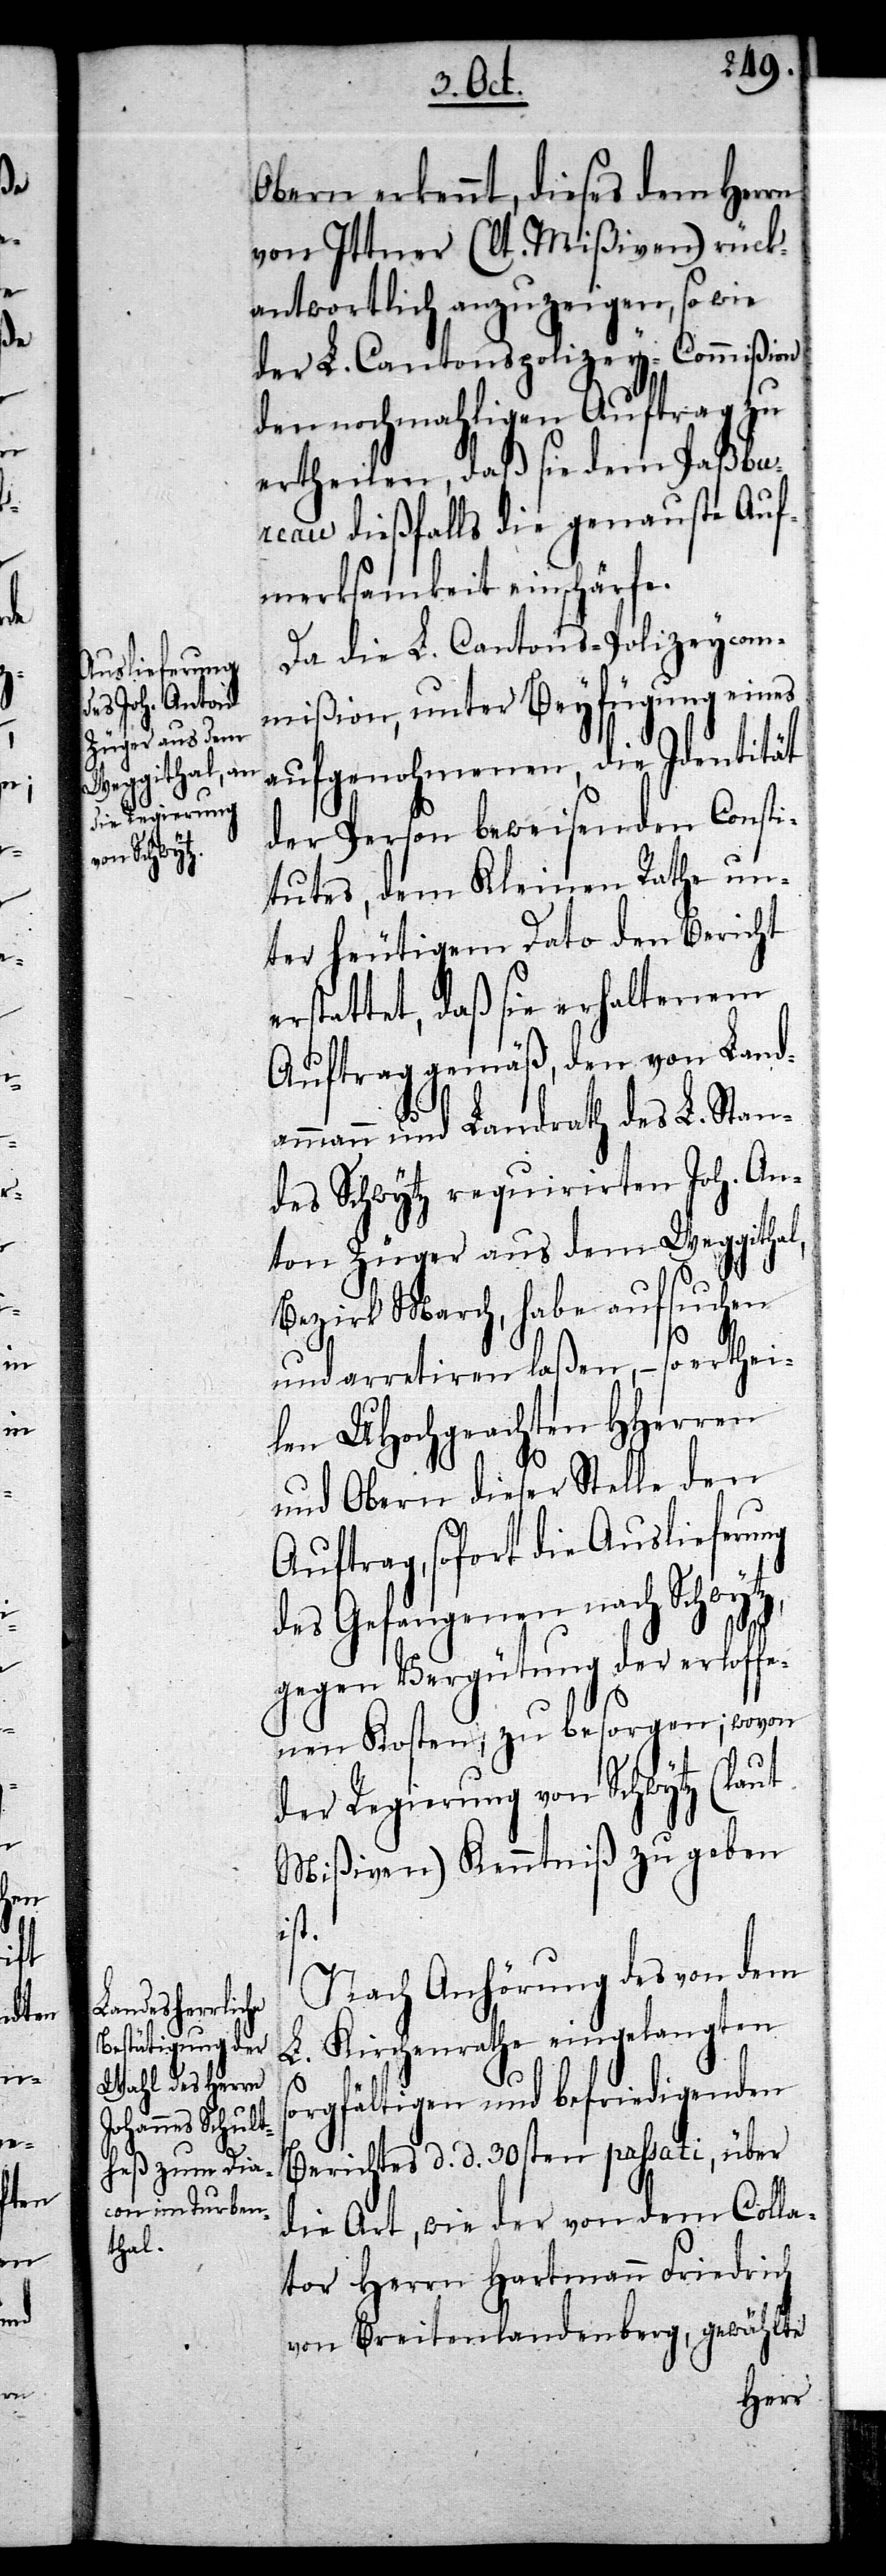
Obern erkennt, dieses dem Herrn
von Ittner (lt. Mißiven) rück¬
antwortlich anzuzeigen, so wie
der L. Cantonspolizey-Commißion
den nochmahligen Auftrag zu
ertheilen, daß sie dem Paßbur¬
eau dießfalls die genauste Auf¬
merksamkeit einschärfe.
Da die L. Cantons-Polizeycom¬
mißion, unter Beyfügung eines
aufgenohmenen, die Identität
der Person beweisenden Consti¬
tutes, dem Kleinen Rathe un¬
ter heutigem dato den Bericht
rstattet, daß sie erhaltenem
Auftrag gemäß, den von Land¬
ammann und Landrath des L. Stan¬
des Schwytz requirirten Joh. An¬
ton Züger aus dem Weggithal,
Bezirk March, habe aufsuchen
e¬
und arretiren laßen, – so erthei¬
len UHochgeachten HHerren
und Obern dieser Stelle den
Auftrag, sofort die Auslieferung
des Gefangenen nach Schwytz,
gegen Vergütung der erloffe¬
nen Kosten, zu besorgen; wovon
der Regierung von Schwytz (laut
Mißiven) Kenntniß zu geben
ist.
Nach Anhörung des von dem
Kirchenrathe eingelangten
s¬
orgfältigen und befriedigenden
Berichtes d. d. 30sten passati, über
die Art, wie der von dem Colla¬
tor Herrn Hartmann Friedrich
von Breitenlandenberg, gewählte